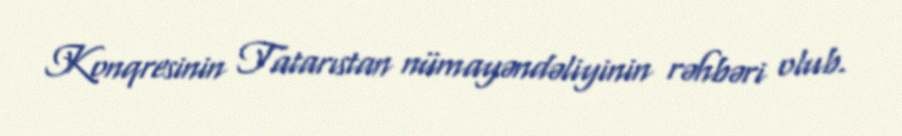
Konqresinin Tatarıstan nümayəndəliyinin rəhbəri olub.